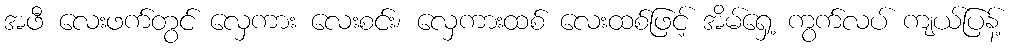
အဖီ လေးဖက်တွင် လှေကား လေးစင်း၊ လှေကားထစ် လေးထစ်ဖြင့် အိမ်ရှေ့ ကွက်လပ် ကျယ်ပြန့်